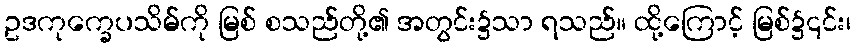
ဥဒကုက္ခေပသိမ်ကို မြစ် စသည်တို့၏ အတွင်း၌သာ ရသည်။ ထို့ကြောင့် မြစ်၌၎င်း၊